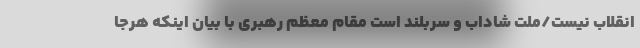
انقلاب نیست/ملت شاداب و سربلند است مقام معظم رهبری با بیان اینکه هرجا